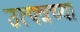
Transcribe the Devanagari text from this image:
उत्पन्नच्या